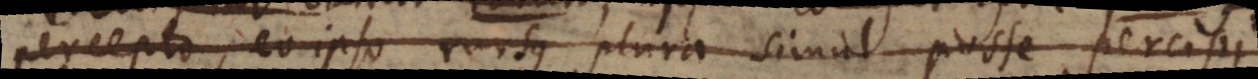
percepto, eo ipso rursus plura simul posse percipi.